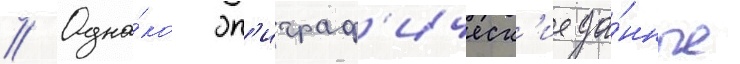
// Одна́ко эп'играф'ическ'ие да́нные